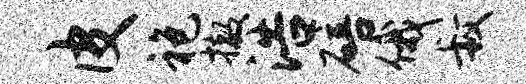
皮袍撤浩碚俄叔